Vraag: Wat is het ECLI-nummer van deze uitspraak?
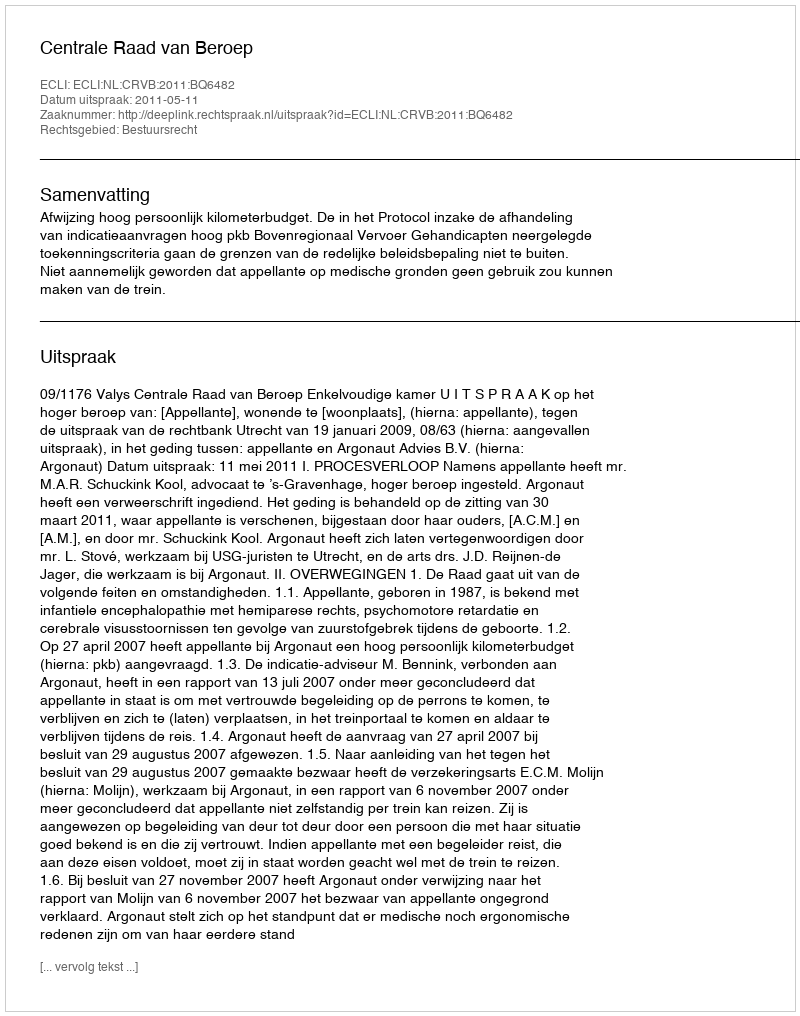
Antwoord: ECLI:NL:CRVB:2011:BQ6482